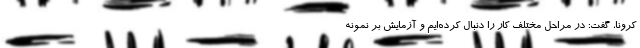
کرونا، گفت: در مراحل مختلف کار را دنبال کرده‌ایم و آزمایش بر نمونه